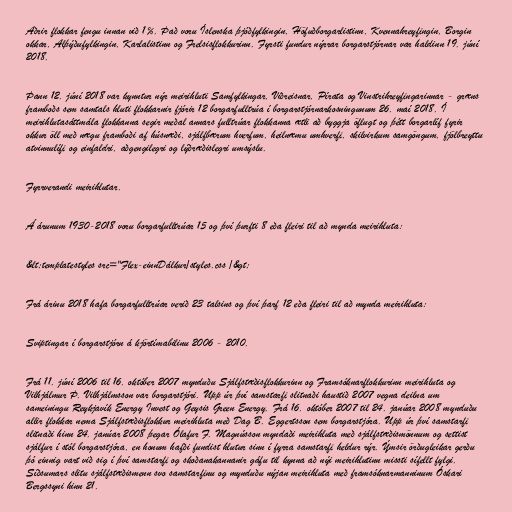
Aðrir flokkar fengu innan við 1%. Það voru Íslenska þjóðfylkingin, Höfuðborgarlistinn, Kvennahreyfingin, Borgin
okkar, Alþýðufylkingin, Karlalistinn og Frelsisflokkurinn. Fyrsti fundur nýrrar borgarstjórnar var haldinn 19. júní
2018.

Þann 12. júní 2018 var kynntur nýr meirihluti Samfylkingar, Viðreisnar, Pírata og Vinstrihreyfingarinnar - græns
framboðs sem samtals hluti flokkarnir fjórir 12 borgarfulltrúa í borgarstjórnarkosningunum 26. maí 2018. Í
meirihlutasáttmála flokkanna segir meðal annars fulltrúar flokkanna ætli að byggja öflugt og þétt borgarlíf fyrir
okkur öll með nægu framboði af húsnæði, sjálfbærum hverfum, heilnæmu umhverfi, skilvirkum samgöngum, fjölbreyttu
atvinnulífi og einfaldri, aðgengilegri og lýðræðislegri umsýslu.

Fyrrverandi meirihlutar.

Á árunum 1930-2018 voru borgarfulltrúar 15 og því þurfti 8 eða fleiri til að mynda meirihluta:

&lt;templatestyles src="Flex-einnDálkur/styles.css /&gt;

Frá árinu 2018 hafa borgarfulltrúar verið 23 talsins og því þarf 12 eða fleiri til að mynda meirihluta:

Sviptingar í borgarstjórn á kjörtímabilinu 2006 - 2010.

Frá 11. júní 2006 til 16. október 2007 mynduðu Sjálfstæðisflokkurinn og Framsóknarflokkurinn meirihluta og
Vilhjálmur Þ. Vilhjálmsson var borgarstjóri. Upp úr því samstarfi slitnaði haustið 2007 vegna deilna um
sameiningu Reykjavík Energy Invest og Geysis Green Energy. Frá 16. október 2007 til 24. janúar 2008 mynduðu
allir flokkar nema Sjálfstæðisflokkur meirihluta með Dag B. Eggertsson sem borgarstjóra. Upp úr því samstarfi
slitnaði hinn 24. janúar 2008 þegar Ólafur F. Magnússon myndaði meirihluta með sjálfstæðismönnum og settist
sjálfur í stól borgarstjóra, en honum hafði fundist hlutur sinn í fyrra samstarfi heldur rýr. Ýmsir örðugleikar gerðu
þó einnig vart við sig í því samstarfi og skoðanakannanir gáfu til kynna að nýi meirihlutinn missti sífellt fylgi.
Síðsumars slitu sjálfstæðismenn svo samstarfinu og mynduðu nýjan meirihluta með framsóknarmanninum Óskari
Bergssyni hinn 21.